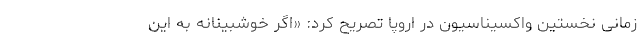
زمانی نخستین واکسیناسیون در اروپا تصریح کرد: «اگر خوشبینانه به این